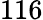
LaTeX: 116